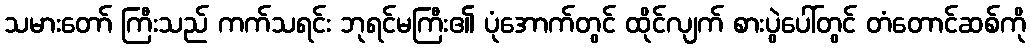
သမားတော် ကြီးသည် ကက်သရင်း ဘုရင်မကြီး၏ ပုံအောက်တွင် ထိုင်လျက် စားပွဲပေါ်တွင် တံတောင်ဆစ်ကို